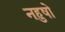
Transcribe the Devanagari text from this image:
नहुषो